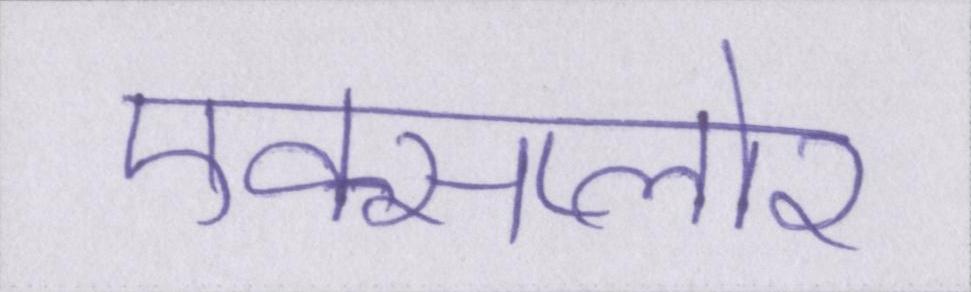
एक्सप्लोर